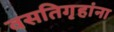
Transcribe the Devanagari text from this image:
वसतिगृहांना